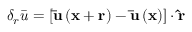
{ \delta _ { r } } \bar { u } = \left[ { { \bf { \bar { u } } } \left( { { \bf { x } } + { \bf { r } } } \right) - { \bf { \bar { u } } } \left( { \bf { x } } \right) } \right] \cdot { \bf { \hat { r } } }